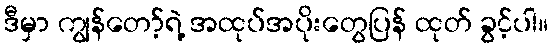
ဒီမှာ ကျွန်တော့်ရဲ့ အထုပ်အပိုးတွေပြန် ထုတ် ခွင့်ပါ။